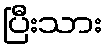
ပြီးသား